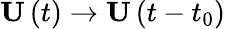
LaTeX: \mathbf{U}\left(t\right)\to\mathbf{U}\left(t-t_{0}\right)